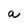
Character: a